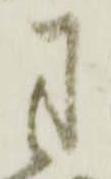
用